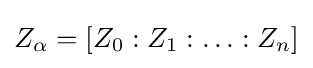
Z_{\alpha }=[Z_{0}:Z_{1}:\ldots :Z_{n}]